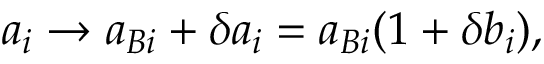
a _ { i } \to a _ { B i } + \delta a _ { i } = a _ { B i } ( 1 + \delta b _ { i } ) ,